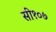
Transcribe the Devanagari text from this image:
सी१०७